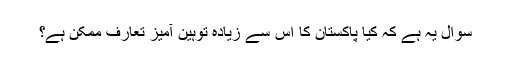
سوال یہ ہے کہ کیا پاکستان کا اس سے زیادہ توہین آمیز تعارف ممکن ہے؟